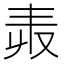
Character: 𠬻